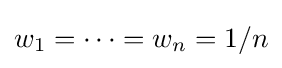
w_{1}=\cdots =w_{n}=1/n